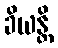
ခိယန္တိ